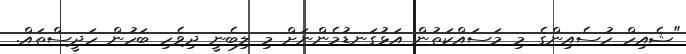
"ޝެއިހް ހުސެއިންގެ މި މަސައްކަތުން އަޅުގަނޑުމެންނަށް މި ލިބެނީ ދިވެހި ބަހުން ހަދީސްތައް.